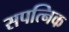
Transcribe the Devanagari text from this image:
सपत्निक